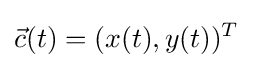
{\vec {c}}(t)=(x(t),y(t))^{T}